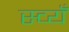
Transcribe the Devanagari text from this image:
स्व्यँ